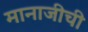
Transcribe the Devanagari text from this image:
मानाजीची